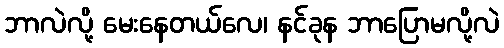
ဘာလဲလို့ မေးနေတယ်လေ၊ နင်ခုန ဘာပြောမလို့လဲ